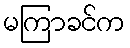
မကြာခင်က